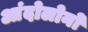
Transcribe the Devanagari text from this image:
आंदोलोनों